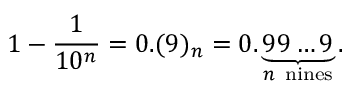
1 - { \frac { 1 } { 1 0 ^ { n } } } = 0 . ( 9 ) _ { n } = 0 . \underbrace { 9 9 \ldots 9 } _ { n { \mathrm { ~ n i n e s } } } .